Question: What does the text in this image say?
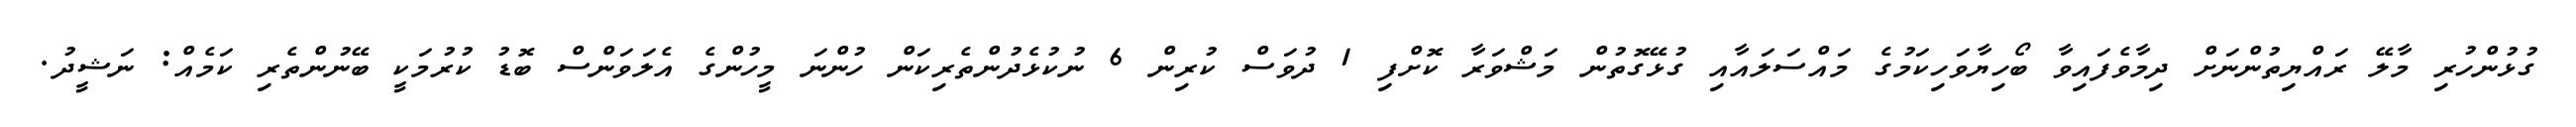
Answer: ގުޅުންހުރި މާލޭ ރައްޔިތުންނަށް ދިމާވެފައިވާ ބޯހިޔާވަހިކަމުގެ މައްސަލައާއި ގުޅޭގޮތުން މަޝްވަރާ ކޮށްފި 1 ދުވަސް ކުރިން 6 ނުކުޅެދުންތެރިކަން ހުންނަ މީހުންގެ އެލަވަންސް ބޮޑު ކުރުމަކީ ބޭނުންތެރި ކަމެއް: ނަޝީދު.